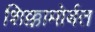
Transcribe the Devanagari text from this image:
शिक्कामोर्बत